Statistics compiled by the Government of India from the reports of provincial Civil Veterinary Departments
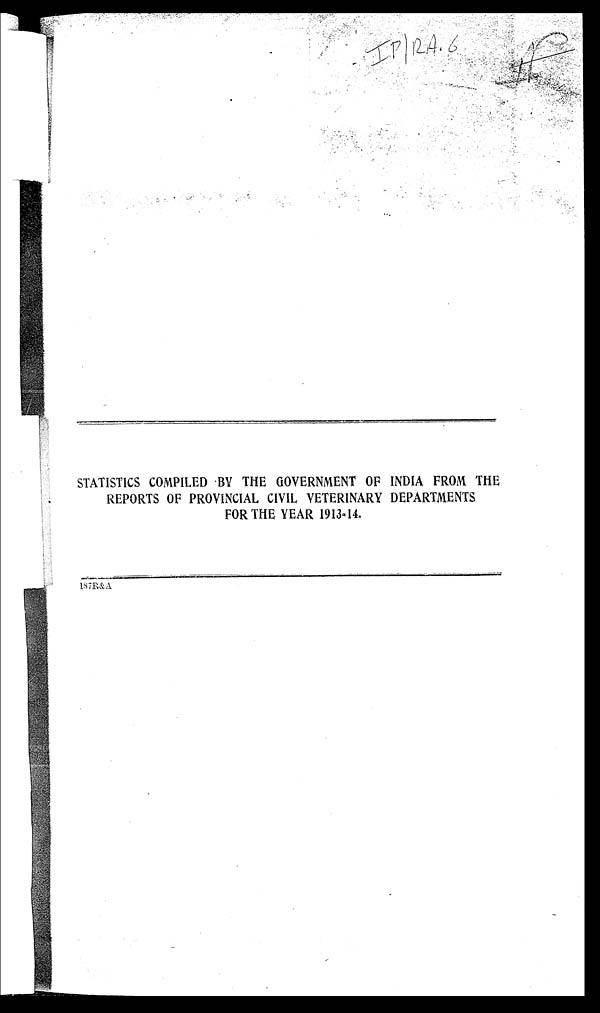
STATISTICS COMPILED BY THE GOVERNMENT OF INDIA FROM THE
REPORTS OF PROVINCIAL CIVIL VETERINARY DEPARTMENTS
FOR THE YEAR 1913-14.
187R&A